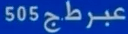
505عبرطج